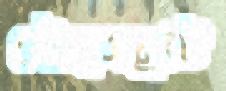
বৌদ্ধসম্রাট